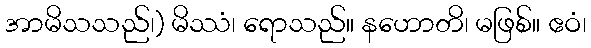
အာမိသသည်၊) မိဿံ၊ ရောသည်။ နဟောတိ၊ မဖြစ်။ ဧဝံ၊